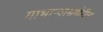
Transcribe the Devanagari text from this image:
गाभाऱ्यासमोरील